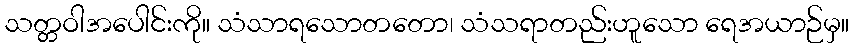
သတ္တဝါအပေါင်းကို။ သံသာရသောတတော၊ သံသရာတည်းဟူသော ရေအယာဉ်မှ။